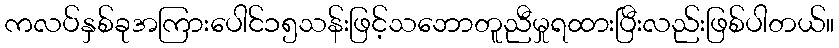
ကလပ်နှစ်ခုအကြားပေါင်၁၅သန်းဖြင့်သဘောတူညီမှုရထားပြီးလည်းဖြစ်ပါတယ်။